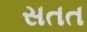
સતત